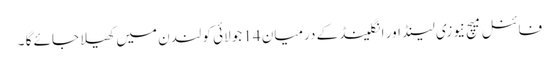
فائنل میچ نیوزی لینڈ اور انگلینڈ کے درمیان 14 جولائی کو لندن میں کھیلا جائے گا ۔